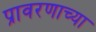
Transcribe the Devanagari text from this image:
प्रावरणाच्या